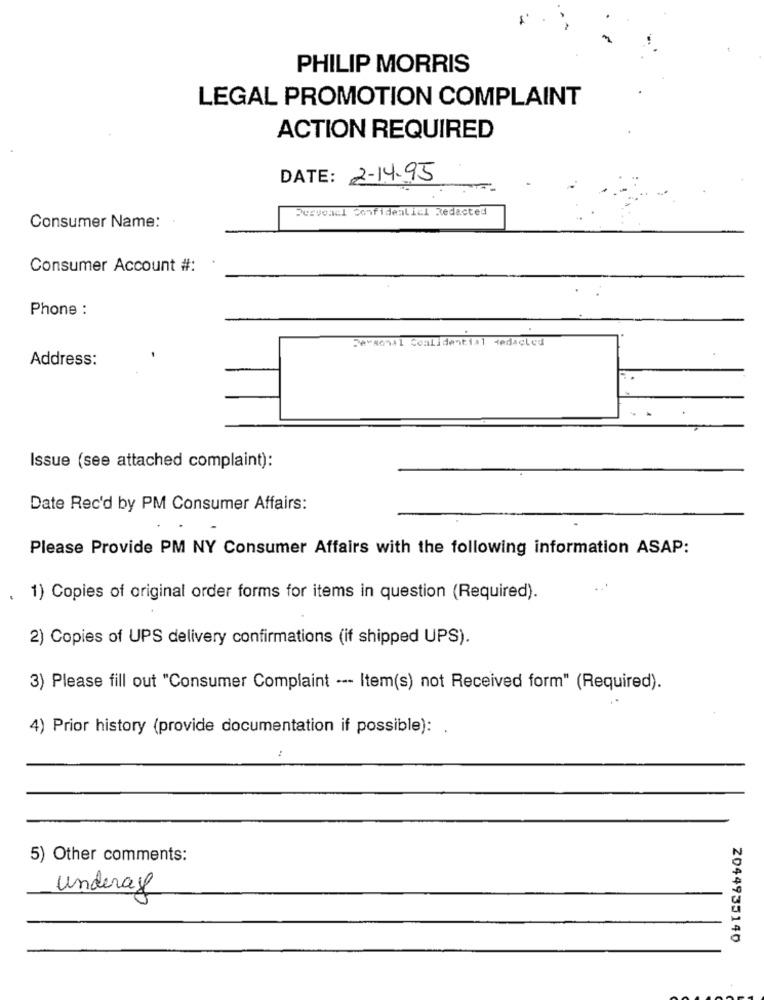
PHILIP MORRIS
LEGAL PROMOTION COMPLAINT
ACTION REQUIRED
DATE: 2-14.95
Desvonul Confidential Redacted
Consumer Name:
Consumer Account #:
Phone :
Person+1 Coalidential tedacled
Address:
Issue (see attached complaint):
Date Rec'd by PM Consumer Affairs:
Please Provide PM NY Consumer Affairs with the following information ASAP:
1) Copies of original order forms for items in question (Required).
2) Copies of UPS delivery confirmations (if shipped UPS).
3) Please fill out "Consumer Complaint --- Item(s) not Received form" (Required).
4) Prior history (provide documentation if possible): .
5) Other comments:
Underage
2044935140